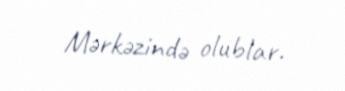
Mərkəzində olublar.